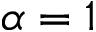
\alpha = 1